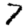
Digit: 7